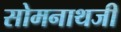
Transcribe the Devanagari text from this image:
सोमनाथजी